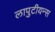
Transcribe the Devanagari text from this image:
लापुटीयन्स